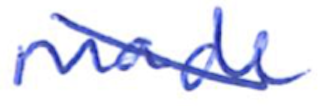
Text: made
Cross-out: diagonal
Writing tool: ballpoint